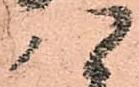
八